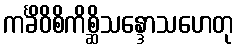
ကင်္ခိဝိစိကိစ္ဆိသန္ဒောသဟေတု